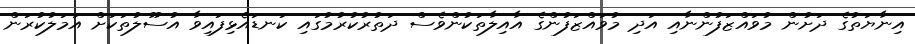
އިނާޔަތުގެ ދަށުން މުވައްޒަފުންނާއި އަދި މުވައްޒަފުންގެ އާއިލާތަކުންވެސް ދަތުރުކުރުމުގައި ކަނޑައެޅިފައިވާ އުސޫލުތަކަށް އަމަލުކުރަން